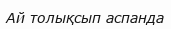
Ай толықсып аспанда